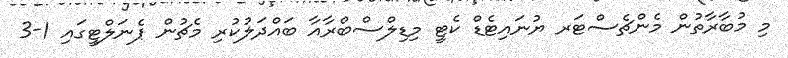
މި މުބާރާތުން މެންޗެސްޓަރ ޔުނައިޓެޑް ކެޓީ މިޑިލްސްބްރާއާ ބައްދަލުކުރި މެޗުން ޕެނަލްޓީގައި 1-3